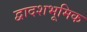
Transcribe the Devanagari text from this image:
द्वादशभूमिक